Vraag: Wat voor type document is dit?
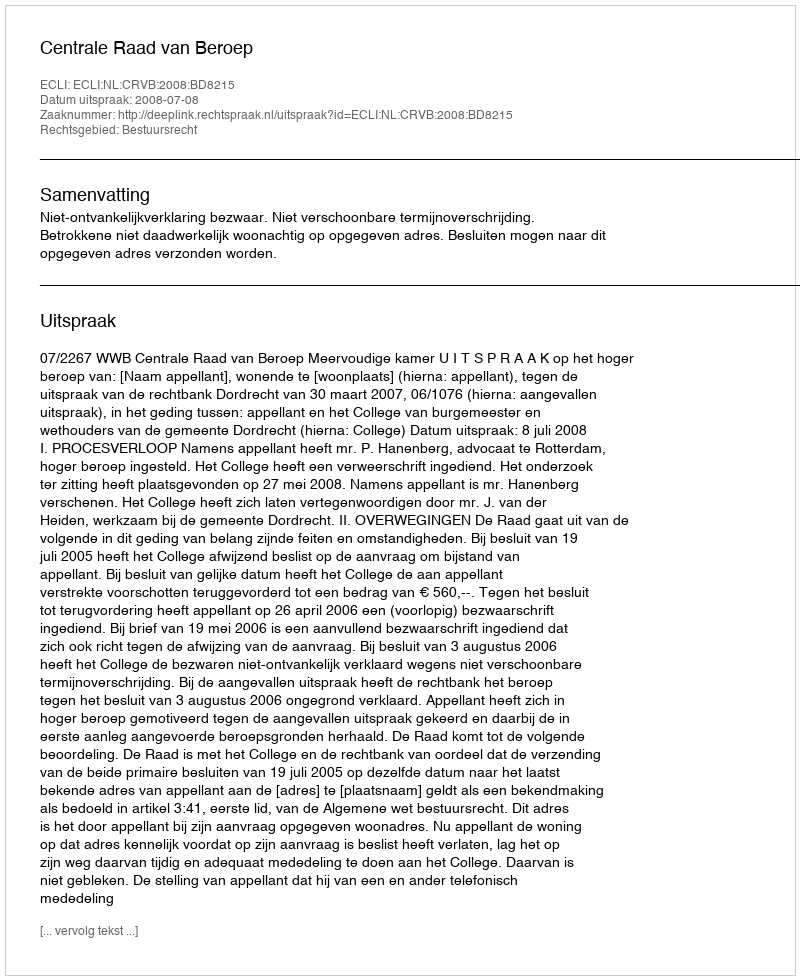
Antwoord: Uitspraak